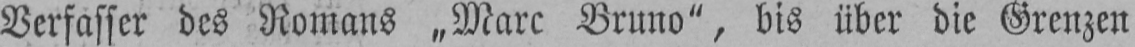
Verfasser des Romans „Marc Bruno“, bis über die Grenzen